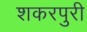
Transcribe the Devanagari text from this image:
शकरपुरी